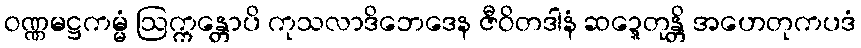
ဝဏ္ဏမဋ္ဌကမ္မံ ဩက္ကန္တောပိ ကုသလာဒိဘေဒေန ဇီဝိတဒါနံ ဆဍ္ဍေတုန္တိ အဟေတုကပဒံ